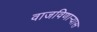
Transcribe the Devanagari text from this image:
वाजविणाऱ्यास